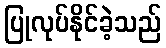
ပြုလုပ်နိုင်ခဲ့သည်